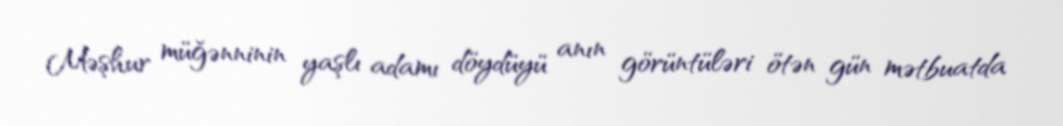
Məşhur müğənninin yaşlı adamı döydüyü anın görüntüləri ötən gün mətbuatda